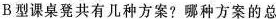
B型课桌凳共有几种方案?哪种方案的总